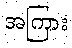
အကြား